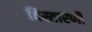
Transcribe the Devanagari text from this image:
विस्तारणी